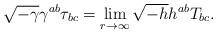
LaTeX: \begin{align*}\sqrt{-\gamma}\gamma^{ab}\tau_{bc}=\lim_{r \to \infty}\sqrt{-h}h^{ab}T_{bc}.\end{align*}